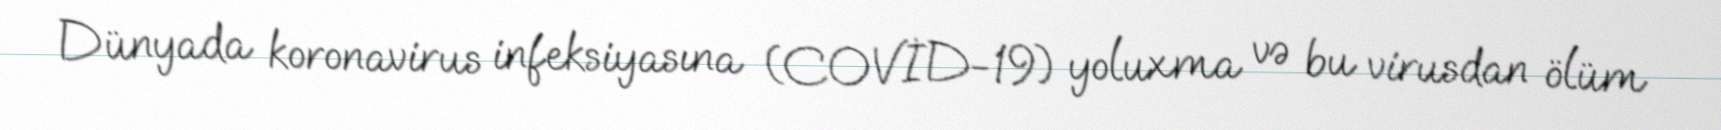
Dünyada koronavirus infeksiyasına (COVİD-19) yoluxma və bu virusdan ölüm